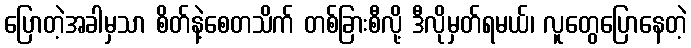
ပြောတဲ့အခါမှသာ စိတ်နဲ့စေတသိက် တစ်ခြားစီလို့ ဒီလိုမှတ်ရမယ်၊ လူတွေပြောနေတဲ့